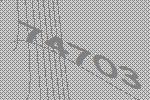
74703